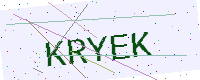
Text: KRYEK